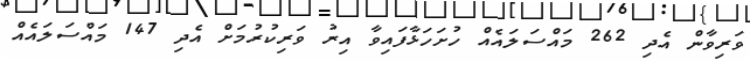
ވަރިވާން އެދި 262 މައްސަލައެއް ހުށަހަޅާފައިވާ އިރު ވަރިކުރުމަށް އެދި 147 މައްސަލައެއް